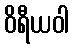
ဝိရီယဝါ